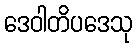
ဒေဝါတိပဒေသု